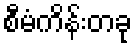
စီမံကိန်းတခု